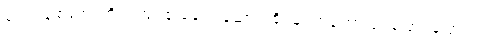
မောင်ချစ်အေးတို့ရဲ့ အုပ်စု ခေါင်းဆောင် စိုးမြင့်ကတော့ ခပ်ပြောင်ပြောင်ပဲ။